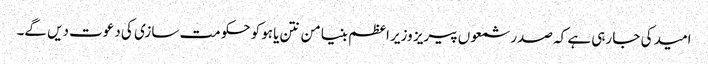
امید کی جا رہی ہے کہ صدر شمعوں پیریز وزیر اعظم بنیامن نتن یاہو کو حکومت سازی کی دعوت دیں گے۔